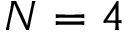
N = 4